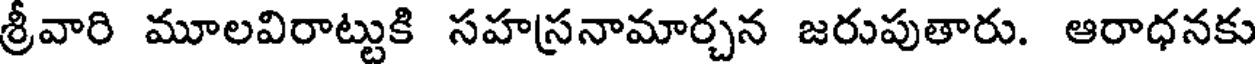
శ్రీవారి మూలవిరాట్టుకి సహస్రనామార్చన జరుపుతారు. ఆరాధనకు